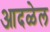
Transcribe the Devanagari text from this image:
आदळेल